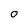
Character: o